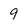
Character: 9